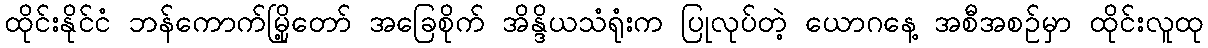
ထိုင်းနိုင်ငံ ဘန်ကောက်မြို့တော် အခြေစိုက် အိန္ဒိယသံရုံးက ပြုလုပ်တဲ့ ယောဂနေ့ အစီအစဉ်မှာ ထိုင်းလူထု